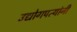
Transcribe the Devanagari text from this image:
उद्योगपत्यांनी